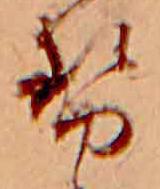
勢